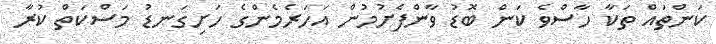
ކަންތައް ތަކާ ހާސްވެ ކަން ބޮޑު ވާންފެށުމުން އަހަރެމެންގެ ހަށިގަނޑު މަސްކަތް ކުރާ